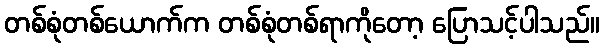
တစ်စုံတစ်ယောက်က တစ်စုံတစ်ရာကိုတော့ ပြောသင့်ပါသည်။